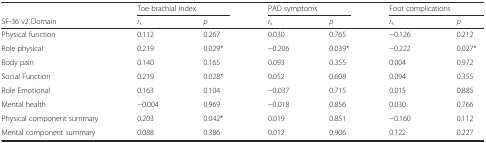
|  | <COLSPAN=2> Toe brachial index | <COLSPAN=2> PAD symptoms | <COLSPAN=2> Foot complications |
 | SF-36 v2 Domain | rs | p | rs | p | rs | p |
 | --- | --- | --- | --- | --- | --- | --- |
 | Physical function | 0.112 | 0.267 | 0.030 | 0.765 | −0.126 | 0.212 |
 | Role physical | 0.219 | 0.029* | −0.206 | 0.039* | −0.222 | 0.027* |
 | Body pain | 0.140 | 0.165 | 0.093 | 0.355 | 0.004 | 0.972 |
 | Social Function | 0.219 | 0.028* | 0.052 | 0.608 | 0.094 | 0.355 |
 | Role Emotional | 0.163 | 0.104 | −0.037 | 0.715 | 0.015 | 0.885 |
 | Mental health | −0.004 | 0.969 | −0.018 | 0.856 | 0.030 | 0.766 |
 | Physical component summary | 0.203 | 0.042* | 0.019 | 0.851 | −0.160 | 0.112 |
 | Mental component summary | 0.088 | 0.386 | 0.012 | 0.906 | 0.122 | 0.227 |